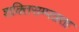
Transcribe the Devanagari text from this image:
शक्तिसम्पन्नता